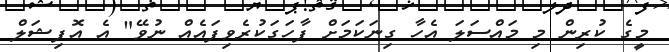
މީގެ ކުރިން މި މައްސަލަ އެހާ ގިނަކަމަށް ފާހަގަކުރެވިފައެއް ނުވޭ" އެ އޮފިޝަލް